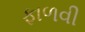
ફાળવી